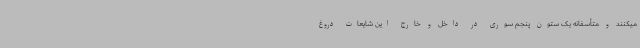
میکنند و متأسفانه یک ستون پنجم سوری در داخل و خارج این شایعات دروغ